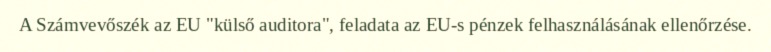
A Számvevőszék az EU "külső auditora", feladata az EU-s pénzek felhasználásának ellenőrzése.